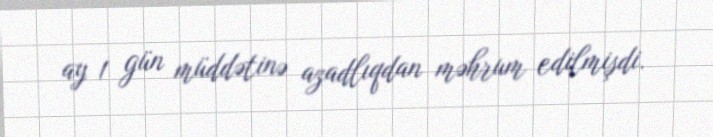
ay 1 gün müddətinə azadlıqdan məhrum edilmişdi.